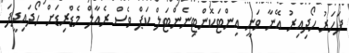
ފަހަރު ހޯދިއިރު އޭނާ ވަނީ އިންޓަކޮންޓިނެންޓަލް ކަޕް ވެސް ރެއާލް މެޑްރިޑަށް ހޯދައިދީފަ